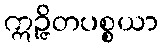
ဣဉ္ဇိတပစ္စယာ